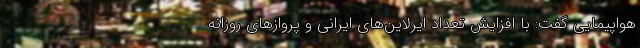
هواپیمایی گفت: با افزایش تعداد ایرلاین‌های ایرانی و پروازهای روزانه